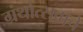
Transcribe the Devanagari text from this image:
ग्रंथोत्सवाचे